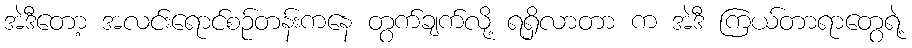
အဲဒီတော့ အလင်းရောင်စဉ်တန်းကနေ တွက်ချက်လို့ ရရှိလာတာ က အဲဒီ ကြယ်တာရာတွေရဲ့